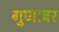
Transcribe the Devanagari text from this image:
गुणावर